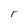
Character: r